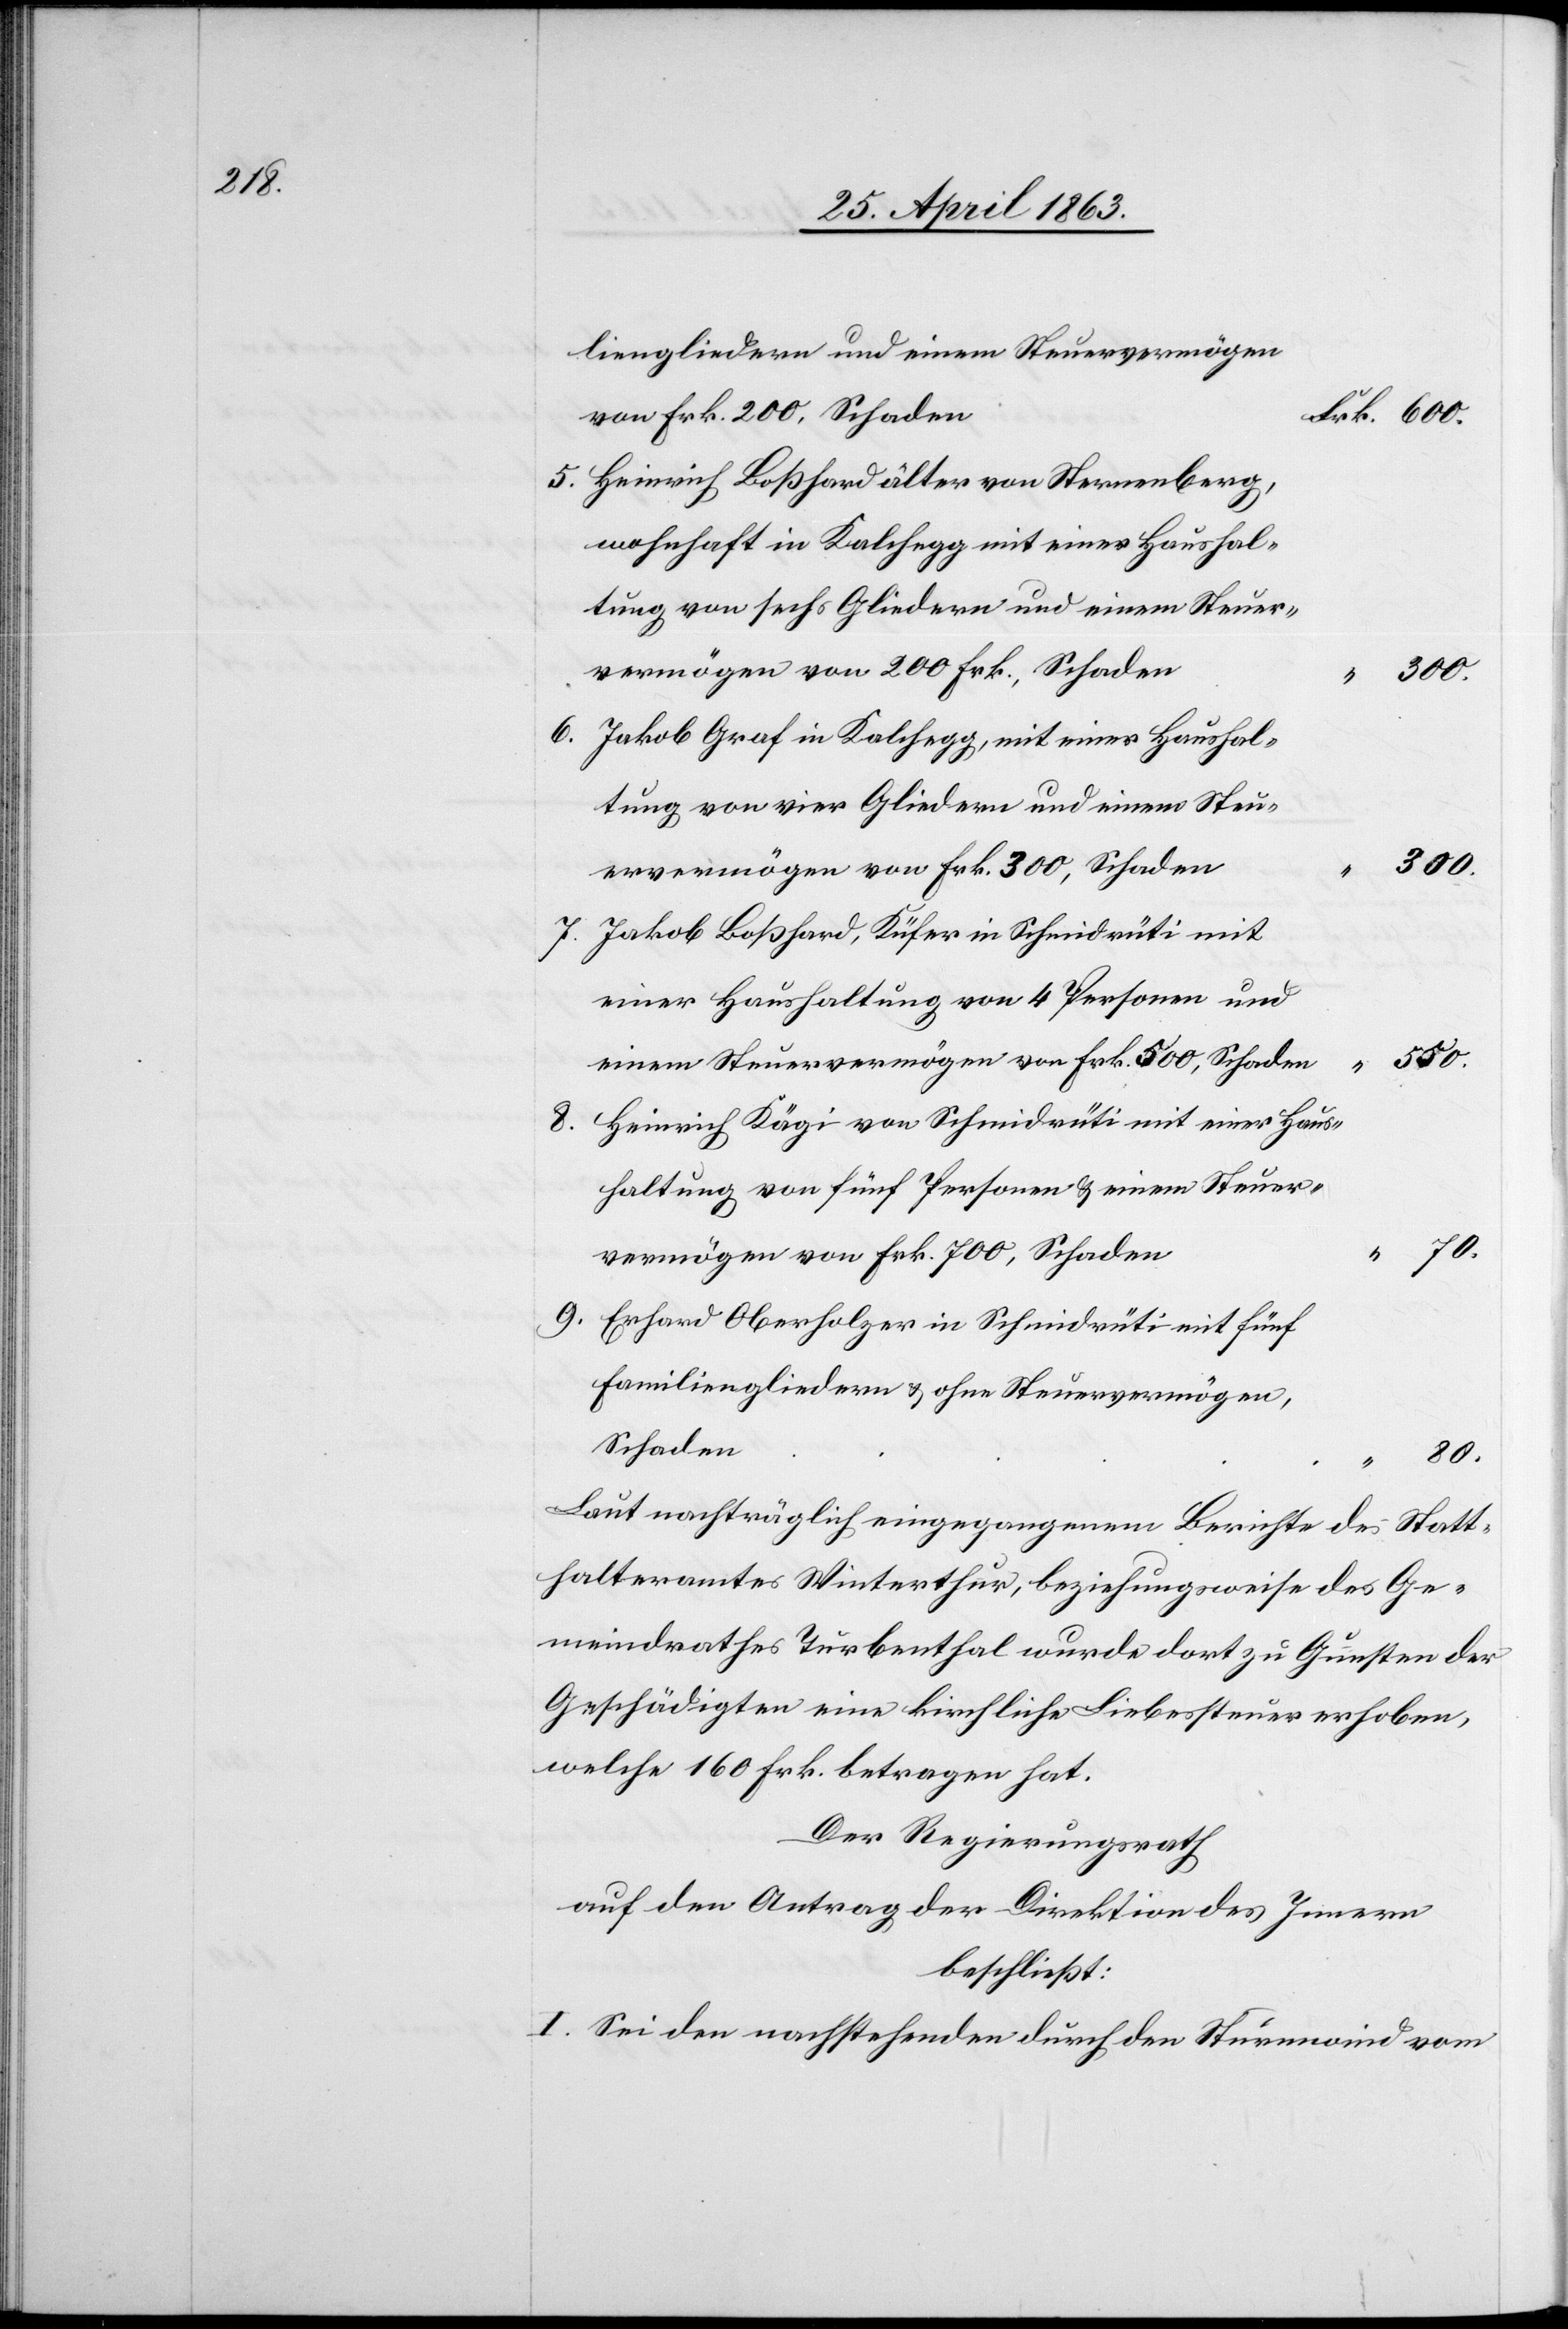
300.

9.

liengliedern und einem Steuervermögen
von Frk. 200, Schaden
Heinrich Boßhard älter von Sternenberg,
wohnhaft in Kalchegg mit einer Haushal¬
tung von sechs Gliedern und einem Steuer¬
vermögen von 200 Frk., Schaden
6.
Jakob Graf in Kalchegg, mit einer Haushal¬
tung von vier Gliedern und einem Steu¬
ervermögen von Frk. 300, Schaden
Jakob Boßhard, Küfer in Schmidrüti mit
einer Haushaltung von 4 Personen und
550.
einem Steuervermögen von Frk. 500, Schaden
Heinrich Kägi von Schmidrüti mit einer Haus¬
haltung von fünf Personen & einem Steuer¬
vermögen von Frk. 700, Schaden
Erhard Oberholzer in Schmidrüti mit fünf
Familiengliedern & ohne Steuervermögen,
Schaden
80.
Laut nachträglich eingegangenem Berichte des Statt¬
halteramtes Winterthur, beziehungsweise des Ge¬
meindrathes Turbenthal wurde dort zu Gunsten der
Geschädigten eine kirchliche Liebessteuer erhoben,
welche 160 Frk. betragen hat.
Der Regierungsrath
auf den Antrag der Direktion des Innern
beschließt:
I. Sei den nachstehenden durch den Sturmwind vom